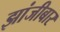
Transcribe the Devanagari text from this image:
झांजीबार